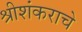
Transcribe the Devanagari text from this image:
श्रीशंकराचे